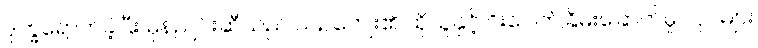
ဒုက္ခရောက်ခဲ့ပြီး မုန်ညင်းဆီသည် ယဉ်ကျေး၏ ထိုသူနှင့် ဂိုးပေါက်ခြိမ်းခြောက်မှု လုပ်များ